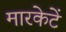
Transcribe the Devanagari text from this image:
मारकेटें